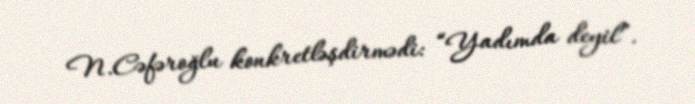
N.Cəfəroğlu konkretləşdirmədi: “Yadımda deyil”.